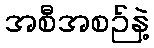
အစီအစဉ်နဲ့